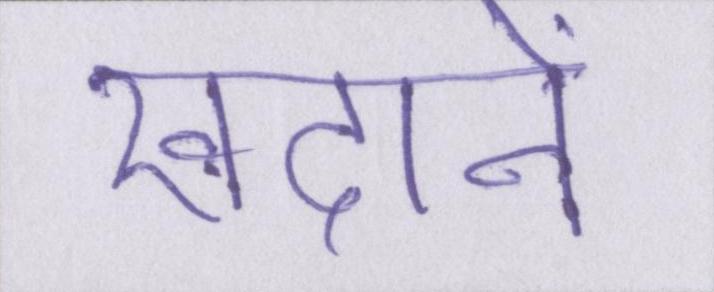
खदानें